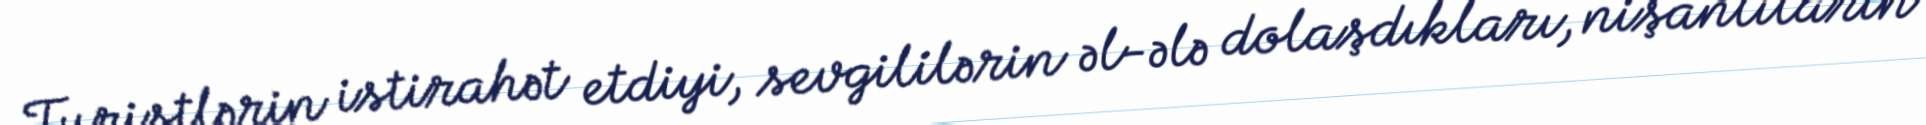
Turistlərin istirahət etdiyi, sevgililərin əl-ələ dolaşdıkları, nişanlıların